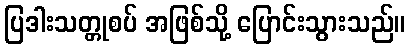
ပြဒါးသတ္တုစပ် အဖြစ်သို့ ပြောင်းသွားသည်။